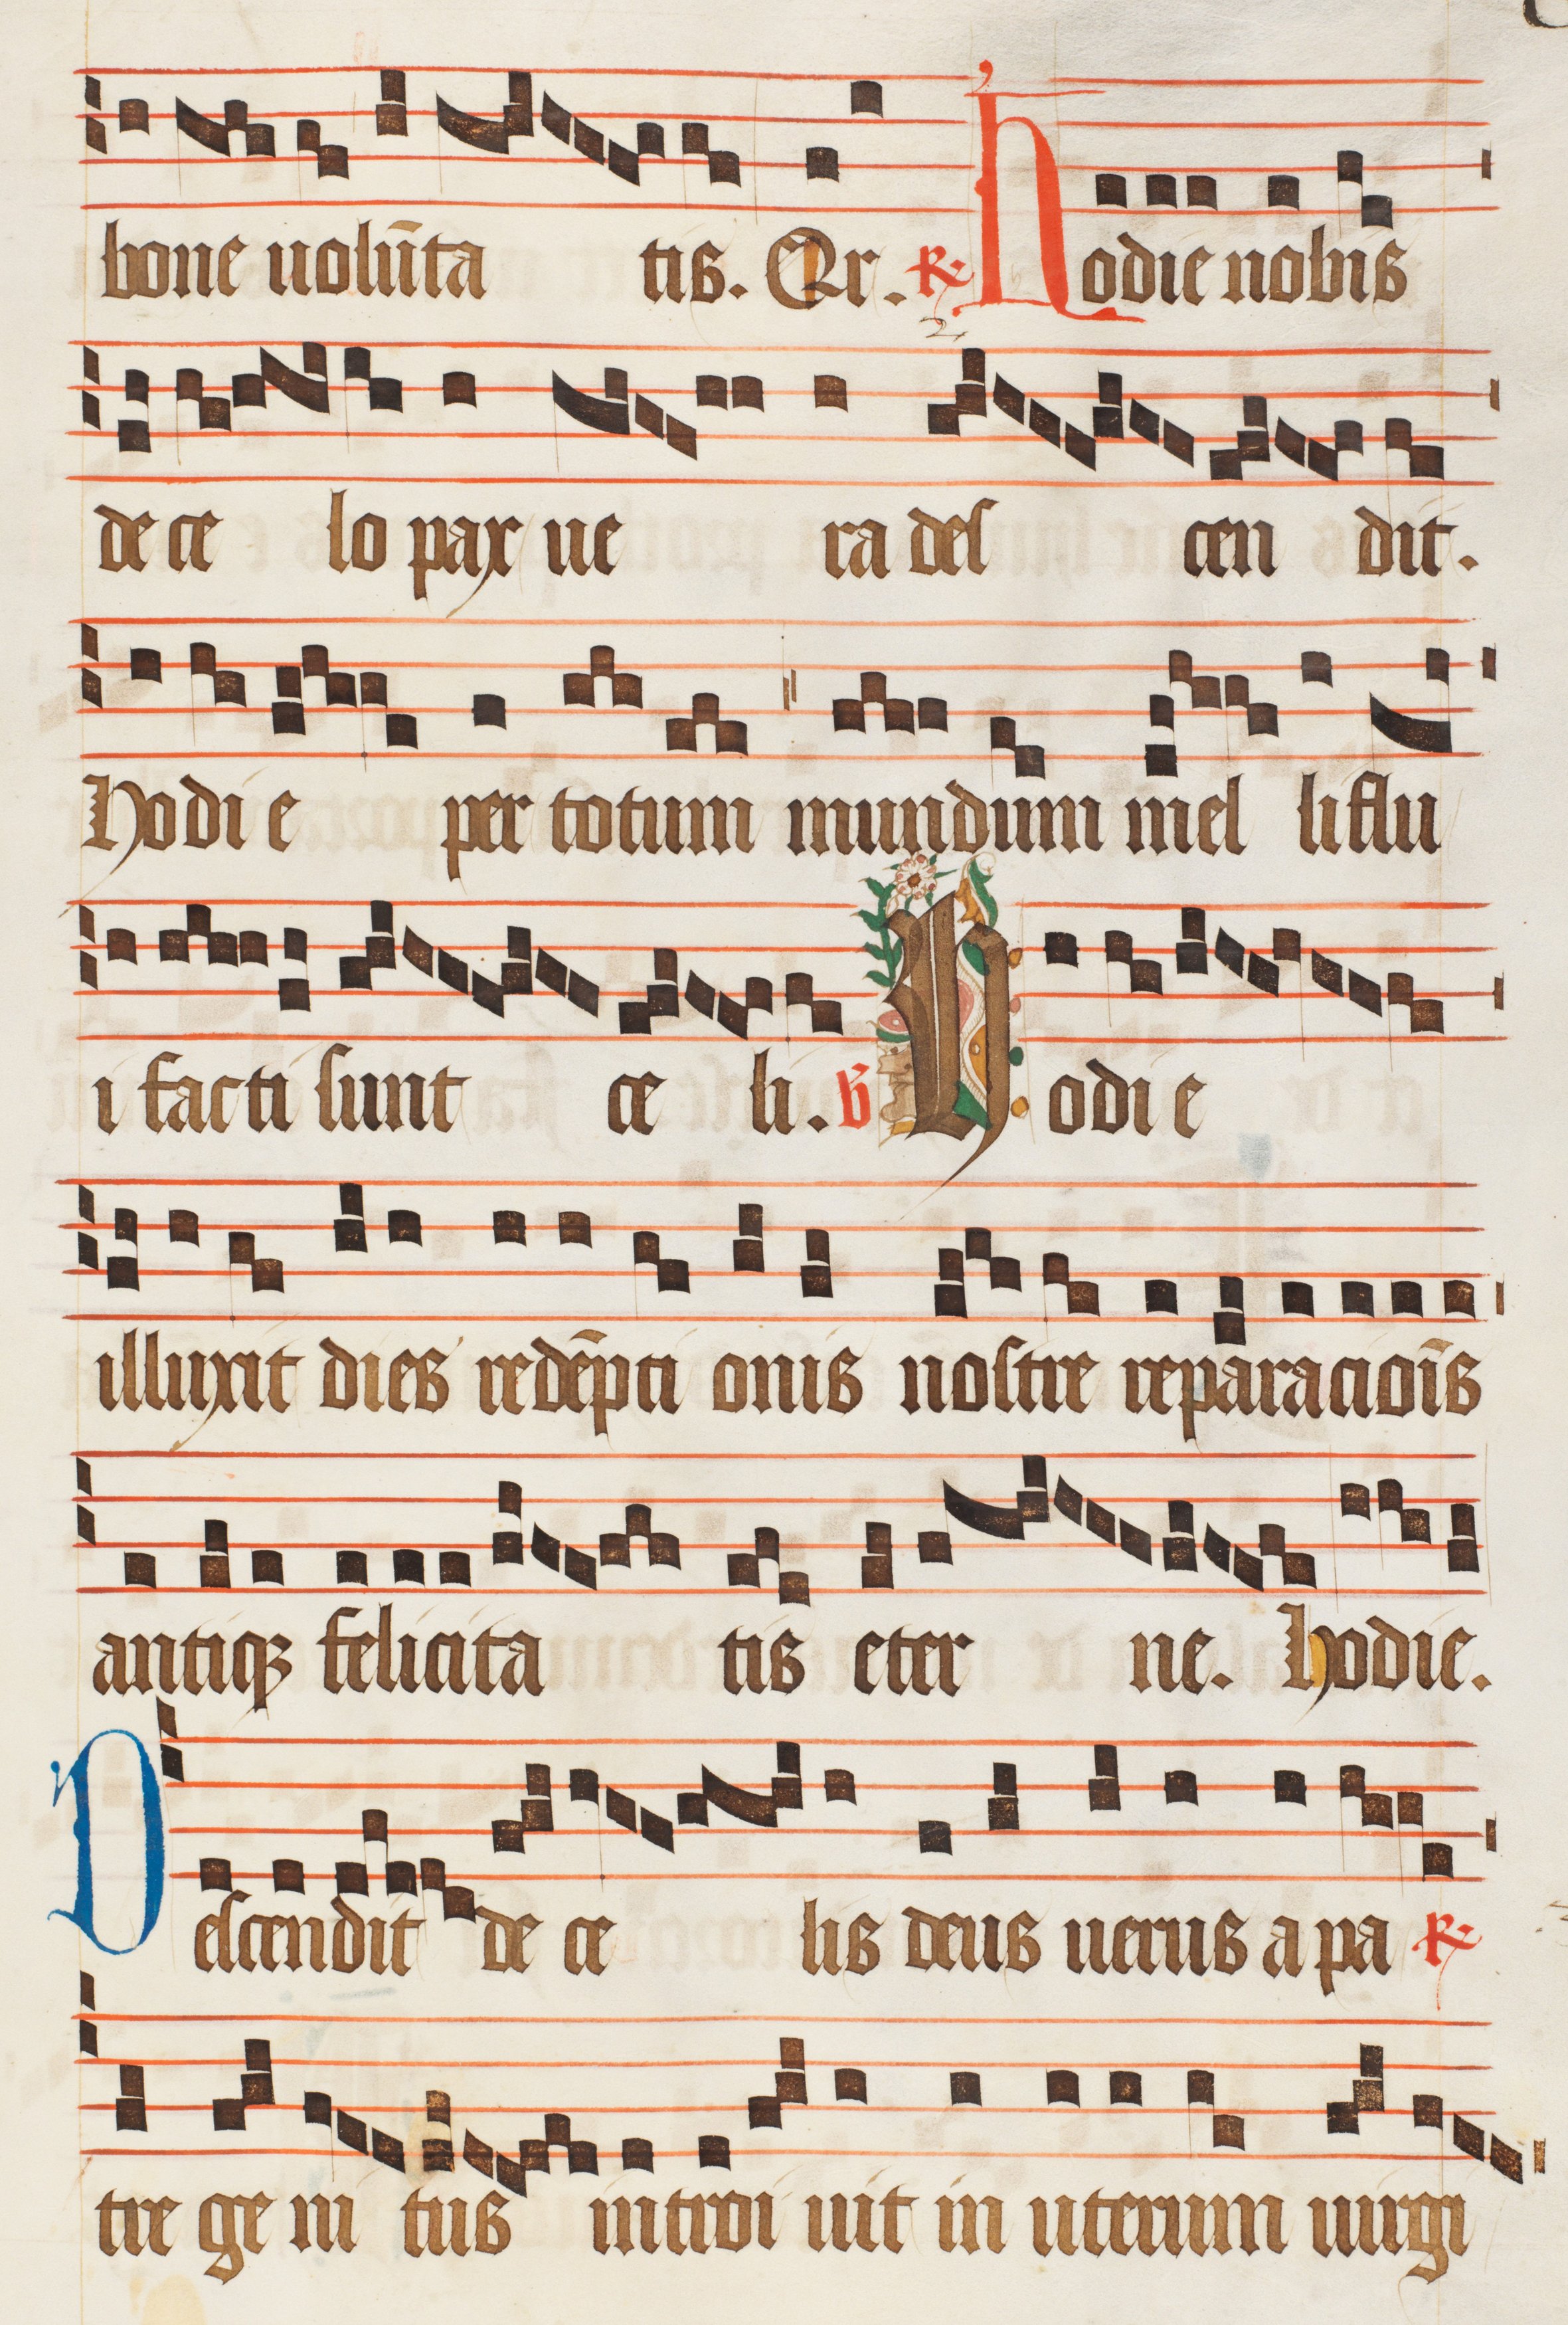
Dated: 1470–1505